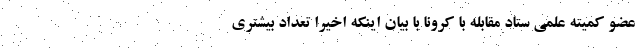
عضو کمیته علمی ستاد مقابله با کرونا با بیان اینکه اخیرا تعداد بیشتری